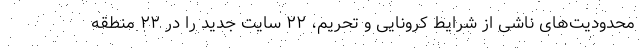
محدودیت‌های ناشی از شرایط کرونایی و تحریم، ۲۲ سایت جدید را در ۲۲ منطقه